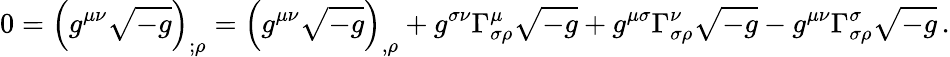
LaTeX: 0=\left(g^{\mu\nu}{\sqrt{-g}}\right)_{;\rho}=\left(g^{\mu\nu}{\sqrt{-g}}\right)_{,\rho}+g^{\sigma\nu}\Gamma_{\sigma\rho}^{\mu}{\sqrt{-g}}+g^{\mu\sigma}\Gamma_{\sigma\rho}^{\nu}{\sqrt{-g}}-g^{\mu\nu}\Gamma_{\sigma\rho}^{\sigma}{\sqrt{-g}}\, .